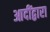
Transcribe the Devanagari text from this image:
आदींद्वारा